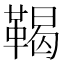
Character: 鞨